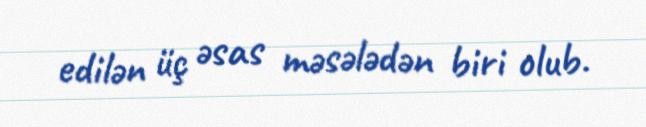
edilən üç əsas məsələdən biri olub.